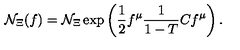
{ \cal N } _ { \Xi } ( f ) = { \cal N } _ { \Xi } \exp \left( \frac { 1 } { 2 } f ^ { \mu } \frac { 1 } { 1 - T } C f ^ { \mu } \right) .